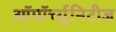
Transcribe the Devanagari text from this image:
ऑपॉर्च्युनिटीज